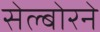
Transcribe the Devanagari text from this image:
सेल्बोरने